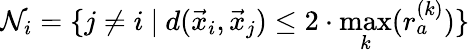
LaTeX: \mathcal{N}_{i}=\{ j\neq i\ \vert\ d(\vec{x}_{i},\vec{x}_{j})\leq 2\cdot\operatorname*{max}_{k}(r_{a}^{(k)})\}